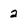
Character: 2